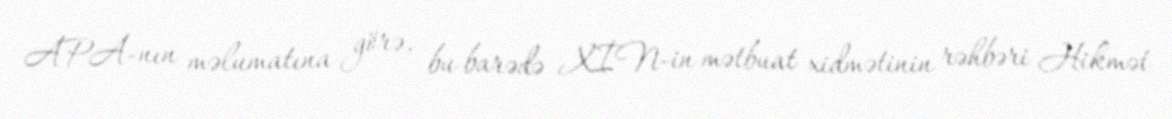
APA-nın məlumatına görə, bu barədə XİN-in mətbuat xidmətinin rəhbəri Hikmət